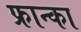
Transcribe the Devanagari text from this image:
फ्रान्का